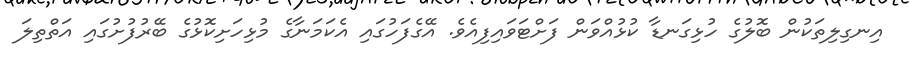
އިނގިލިތަކުން ބޮލުގެ ހުޅިގަނޑާ ކުޅުއްވަން ފަށްޓަވައިފިއެވެ. އޭގެފަހުގައި އެކަމަނާގެ މުޅިހަށިކޮޅުގެ ބޭރުފުށުގައި އަތްތިލަ